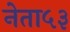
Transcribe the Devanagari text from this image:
नेता५३